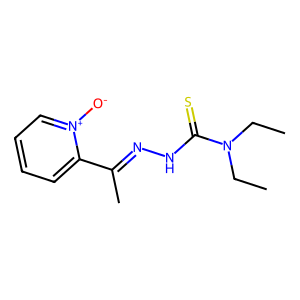
SMILES: CCN(CC)C(=S)NN=C(C)c1cccc[n+]1[O-]
Inhibits HIV replication: No